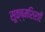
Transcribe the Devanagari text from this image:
सूक्ष्मशिराएँ